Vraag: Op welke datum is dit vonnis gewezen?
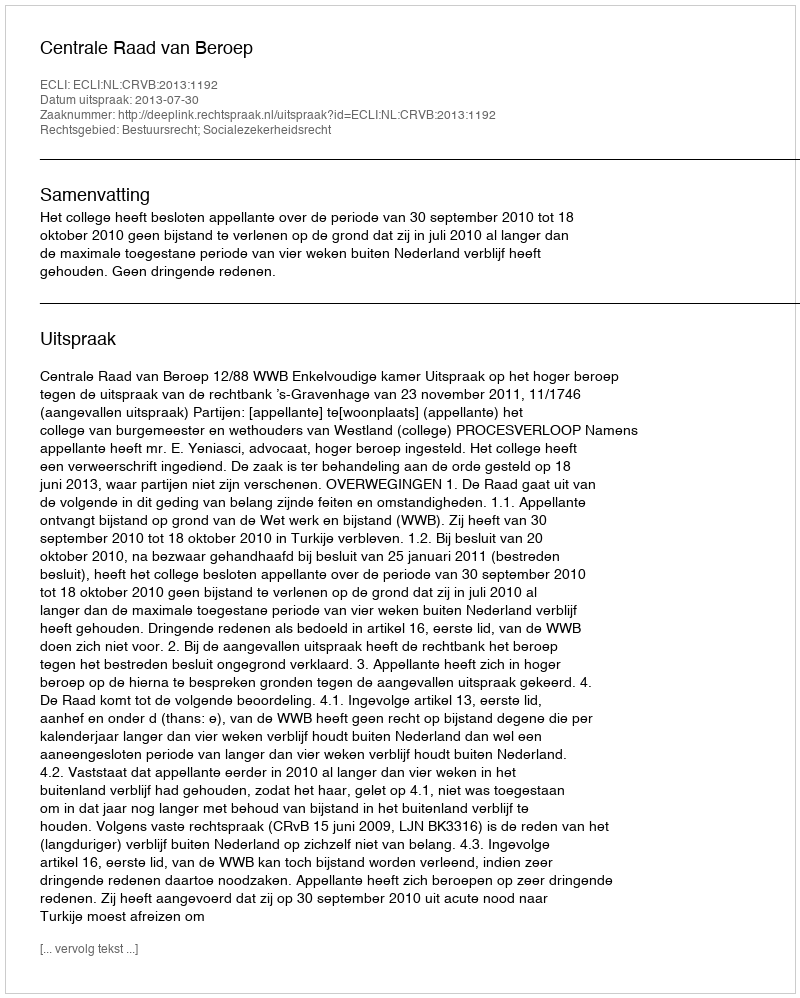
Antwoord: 2013-07-30